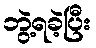
ဘွဲ့ရခဲ့ပြီး